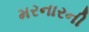
મરનારની